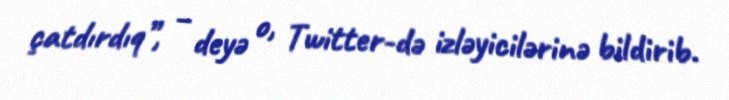
çatdırdıq”, – deyə o, Twitter-də izləyicilərinə bildirib.